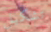
تشكيل